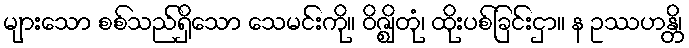
များသော စစ်သည်ရှိသော သေမင်းကို။ ဝိဇ္ဈိတုံ၊ ထိုးပစ်ခြင်းငှာ။ န ဥဿဟန္တိ၊